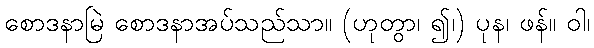
စောဒနာမြဲ စောဒနာအပ်သည်သာ။ (ဟုတွာ၊ ၍၊) ပုန၊ ဖန်။ ဝါ၊